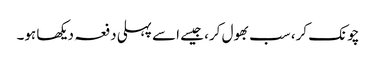
چونک کر، سب بھول کر، جیسے اسے پہلی دفعہ دیکھا ہو۔